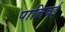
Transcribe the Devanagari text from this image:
पालिवई